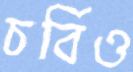
চর্বিও